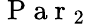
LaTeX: \mathrm{~P~a~r~}_{2}